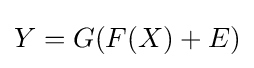
Y=G(F(X)+E)